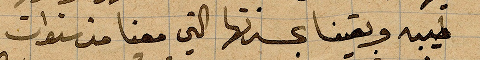
طيبة وبقينا بمسرتها التي معنا منذ سنوات